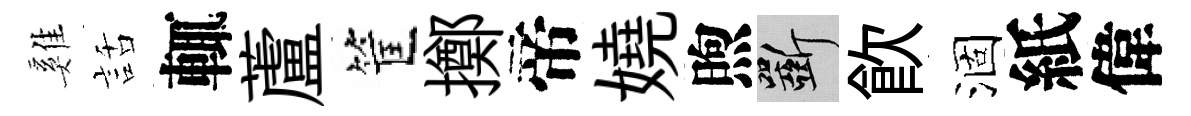
雞話輒蘆筐擲帝嬈煦斫飮涸紙偉